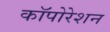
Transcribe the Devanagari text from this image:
कॉपोरेशन